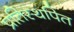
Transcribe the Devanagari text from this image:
प्रतिस्थपित